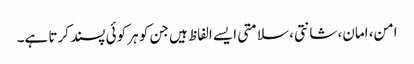
امن، امان، شانتی، سلامتی ایسے الفاظ ہیں جن کو ہر کوئی پسند کرتا ہے۔